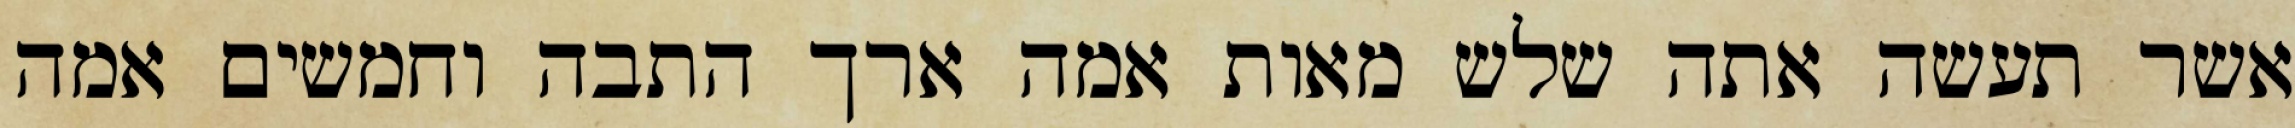
אשר תעשה אתה שלש מאות אמה ארך התבה וחמשים אמה